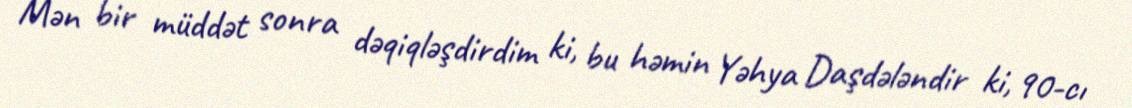
Mən bir müddət sonra dəqiqləşdirdim ki, bu həmin Yəhya Daşdələndir ki, 90-cı